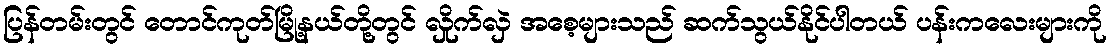
ပြန်တမ်းတွင် တောင်ကုတ်မြို့နယ်တို့တွင် လှိုက်လှဲ အစေ့များသည် ဆက်သွယ်နိုင်ပါတယ် ပန်းကလေးများကို